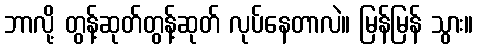
ဘာလို့ တွန့်ဆုတ်တွန့်ဆုတ် လုပ်နေတာလဲ။ မြန်မြန် သွား။